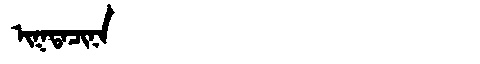
Manchu: ᡳᡴᡨᠠᠴᡳᠨᠠ
Romanization: IKTACINA